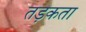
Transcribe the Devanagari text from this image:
तड़कता